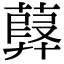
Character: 𦽸